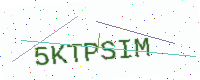
Text: 5KTPSIM